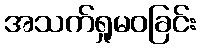
အသက်ရှုမဝခြင်း